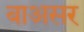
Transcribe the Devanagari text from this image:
बाअसर